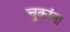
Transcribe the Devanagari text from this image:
चुकांना